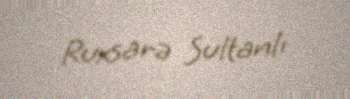
Ruxsarə Sultanlı